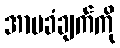
အာမခံချက်ကို